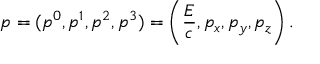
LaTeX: p = ( p ^ { 0 } , p ^ { 1 } , p ^ { 2 } , p ^ { 3 } ) = \left( { \frac { E } { c } } , p _ { x } , p _ { y } , p _ { z } \right) .